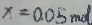
x = 0 . 0 5 m o l